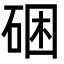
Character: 硱